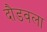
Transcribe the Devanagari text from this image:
दौडवला